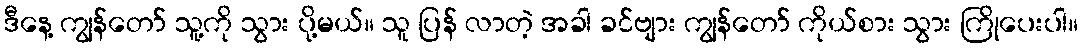
ဒီနေ့ ကျွန်တော် သူ့ကို သွား ပို့မယ်။ သူ ပြန် လာတဲ့ အခါ ခင်ဗျား ကျွန်တော် ကိုယ်စား သွား ကြိုပေးပါ။